Senior Leaving Certificate Examination (including Day School Certificate (Higher) General paper), 1947
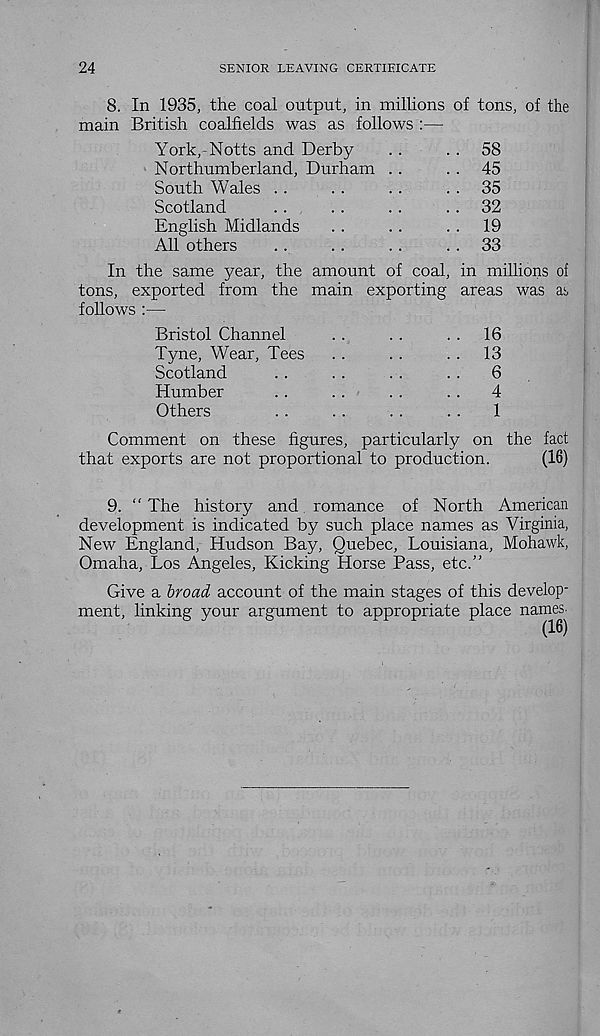
24
SENIOR LEAVING CERTIEICATE
8. In 1935, the coal output, in millions of tons, of the
main British coalfields was as follows :—
York,-Notts and Derby
. .
. . 58
Northumberland, Durham . .
. . 45
South Wales . .
. .
..
. . 35
Scotland
..
..
..
. . 32
English Midlands
. .
. .
. .
19
All others
. .
. .
. .
. . 33
In the same year, the amount of coal, in millions of
tons, exported from the main exporting areas was as
follows :—
Bristol Channel
. .
. .
. . 16
Tyne, Wear, Tees
. .
. .
. .
13
Scotland
. .
. .
. .
..
6
Humber
..
. .
. .
..
4
Others
. .
. .
. .
. .
1
Comment on these figures, particularly on the fact
that exports are not proportional to production.
(16)
9. “ The history and romance of North American
development is indicated by such place names as Virginia,
New England, Hudson Bay, Quebec, Louisiana, Mohawk,
Omaha, Los Angeles, Kicking Horse Pass, etc.”
Give a broad account of the main stages of this develop-
names.
(16)
ment, linking your argument to appropriate place